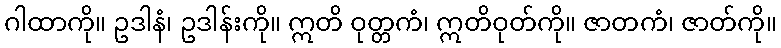
ဂါထာကို။ ဥဒါနံ၊ ဥဒါန်းကို။ ဣတိ ဝုတ္တကံ၊ ဣတိဝုတ်ကို။ ဇာတကံ၊ ဇာတ်ကို။